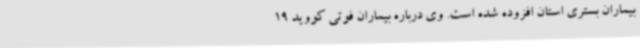
بیماران بستری استان افزوده شده است. وی درباره بیماران فوتی کووید 19